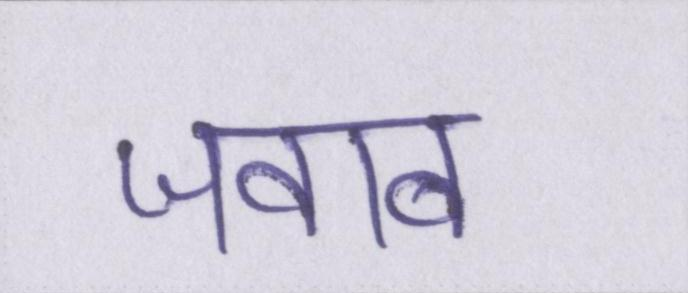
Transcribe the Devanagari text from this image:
जवाब